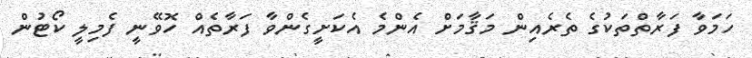
ހަމަވާ ފަރާތްތަކުގެ ތެރެއިން މަޤާމަށް އެންމެ އެކަށީގެންވާ ފަރާތެއް ހޮވޭނީ ފެމިލީ ކޯޓުން